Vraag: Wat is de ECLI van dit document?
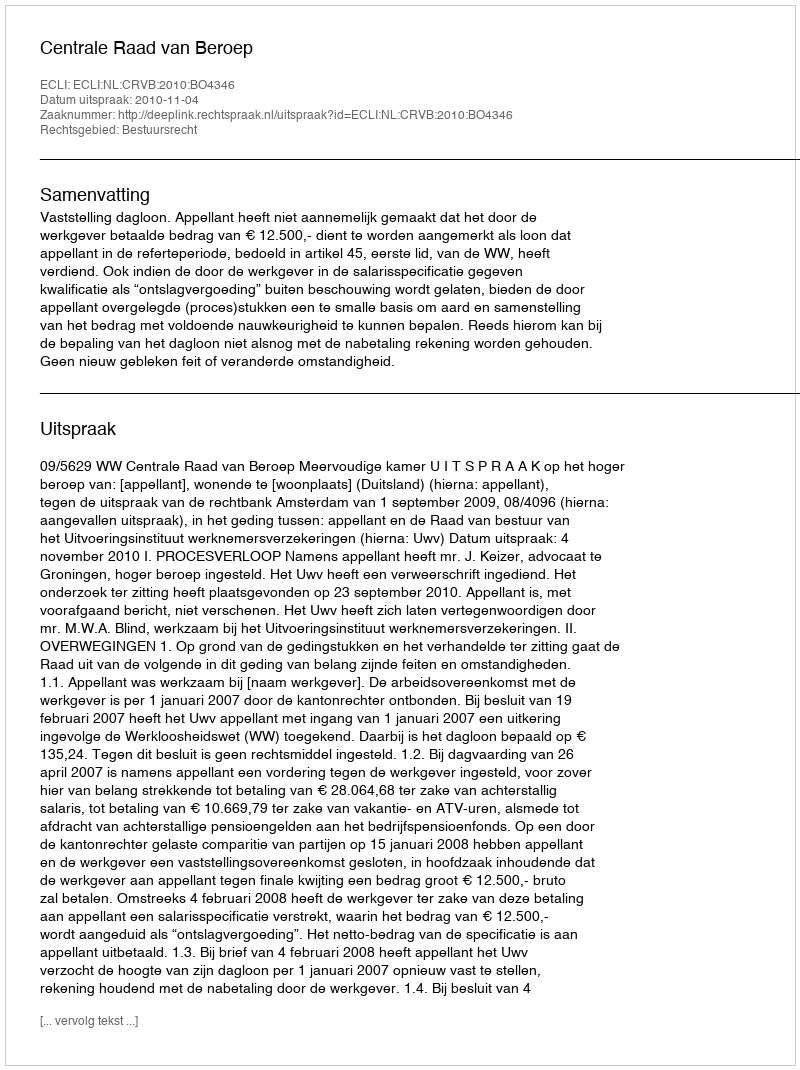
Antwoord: ECLI:NL:CRVB:2010:BO4346